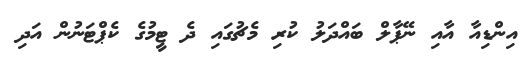
އިންޑިއާ އާއި ނޭޕާލް ބައްދަލު ކުރި މެޗުގައި ދެ ޓީމުގެ ކެޕްޓަނުން އަދި